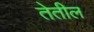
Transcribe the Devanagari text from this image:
तेतील